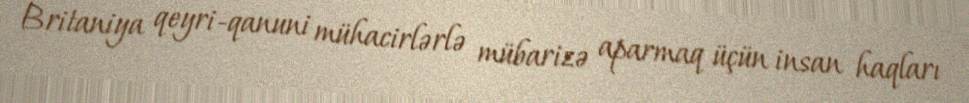
Britaniya qeyri-qanuni mühacirlərlə mübarizə aparmaq üçün insan haqları